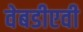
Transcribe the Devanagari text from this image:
वेबडीएवी